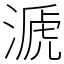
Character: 㴲